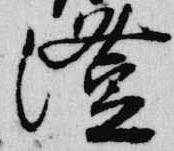
澄